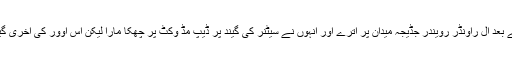
روہت کا وکٹ گرنے کے بعد آل راؤنڈر رویندر جڈیجہ میدان پر اترے اور انہوں نے سیٹنر کی گیند پر ڈیپ مڈ وکٹ پر چھکا مارا لیکن اس اوور کی آخری گیند پر وہ کیچ تھما بیٹھے۔